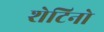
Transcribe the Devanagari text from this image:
शेटिनो